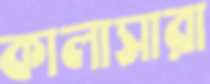
কালাসারা